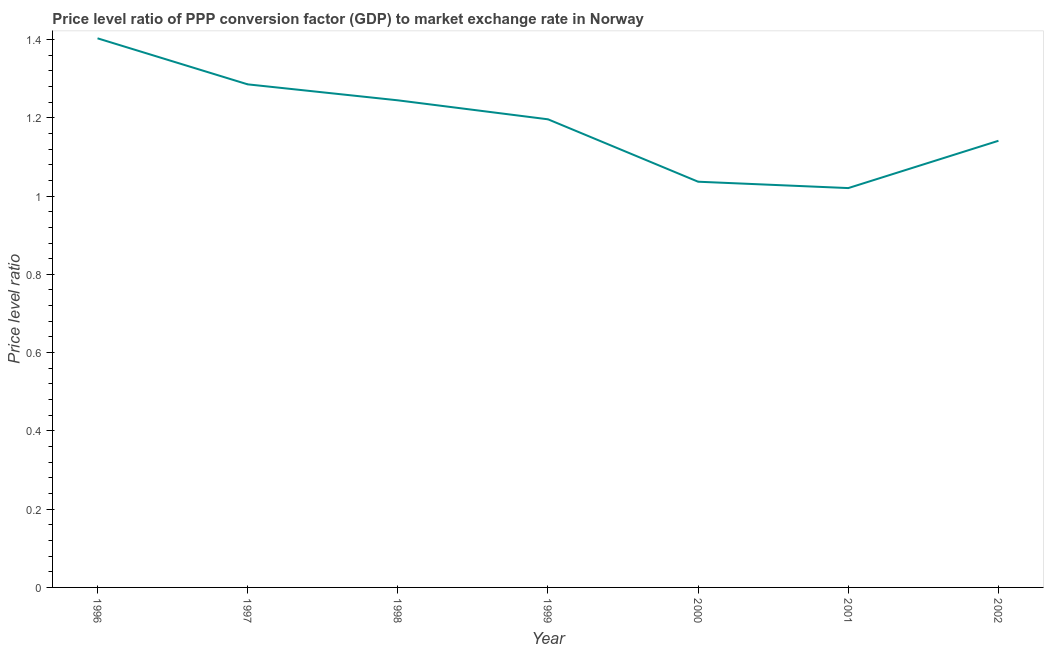
| Year | Price level ratio |
 | --- | --- |
 | 1996 | 1.4 |
 | 1997 | 1.29 |
 | 1998 | 1.24 |
 | 1999 | 1.2 |
 | 2000 | 1.04 |
 | 2001 | 1.02 |
 | 2002 | 1.14 |